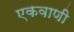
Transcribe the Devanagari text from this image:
एकवाणी